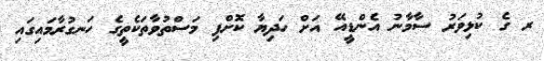
ރ ގެ ކުޅިވަރު ސާމާނު އެންޑީއޭ އަށް ހަދިޔާ ކޮށްފި މަސްތުވާތަކެތީގެ ހަނގުރާމައިގައި